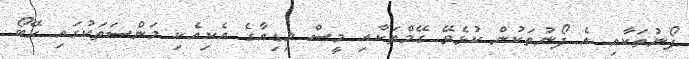
ފޯނުތަކާއި އެ ފޯނުތަކުން ކުޅެވޭ ގޭމްތަކާއި މީސް މިޑިއާގެ އެކިއެކި މަންސަތަކުގައި ހޭބޯ